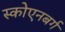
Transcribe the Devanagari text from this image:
स्कोएनबर्ग